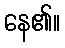
နေ၏။